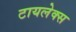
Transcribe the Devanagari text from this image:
टायलेक्स